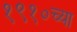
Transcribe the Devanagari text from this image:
१९१०च्या